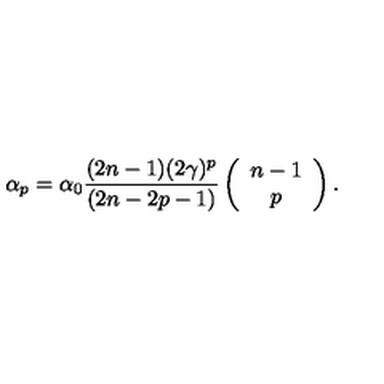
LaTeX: \alpha _ { p } = \alpha _ { 0 } \frac { ( 2 n - 1 ) ( 2 \gamma ) ^ { p } } { ( 2 n - 2 p - 1 ) } \left( \begin{array} { c } { n - 1 } \\ { p } \\ \end{array} \right) .